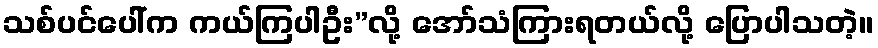
သစ်ပင်ပေါ်က ကယ်ကြပါဦး”လို့ အော်သံကြားရတယ်လို့ ပြောပါသတဲ့။